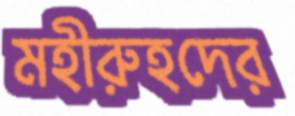
মহীরুহদের